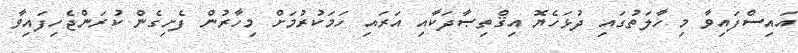
އައިސްފައިވާ މި ހާލަތުގައި ދުޅަހެޔޮ އިޤްތިޞާދަކާއި އަރައި ހަމަކުރުމަށް މިހާރުން ފެށިގެން ކުރަންޖެހިފައިވާ